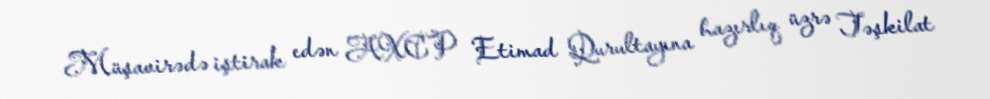
Müşavirədə iştirak edən AXCP Etimad Qurultayına hazırlıq üzrə Təşkilat